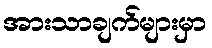
အားသာချက်များမှာ